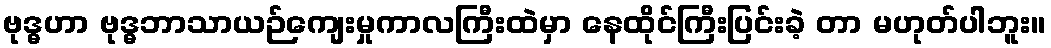
ဗုဒ္ဓဟာ ဗုဒ္ဓဘာသာယဉ်ကျေးမှုကာလကြီးထဲမှာ နေထိုင်ကြီးပြင်းခဲ့ တာ မဟုတ်ပါဘူး။